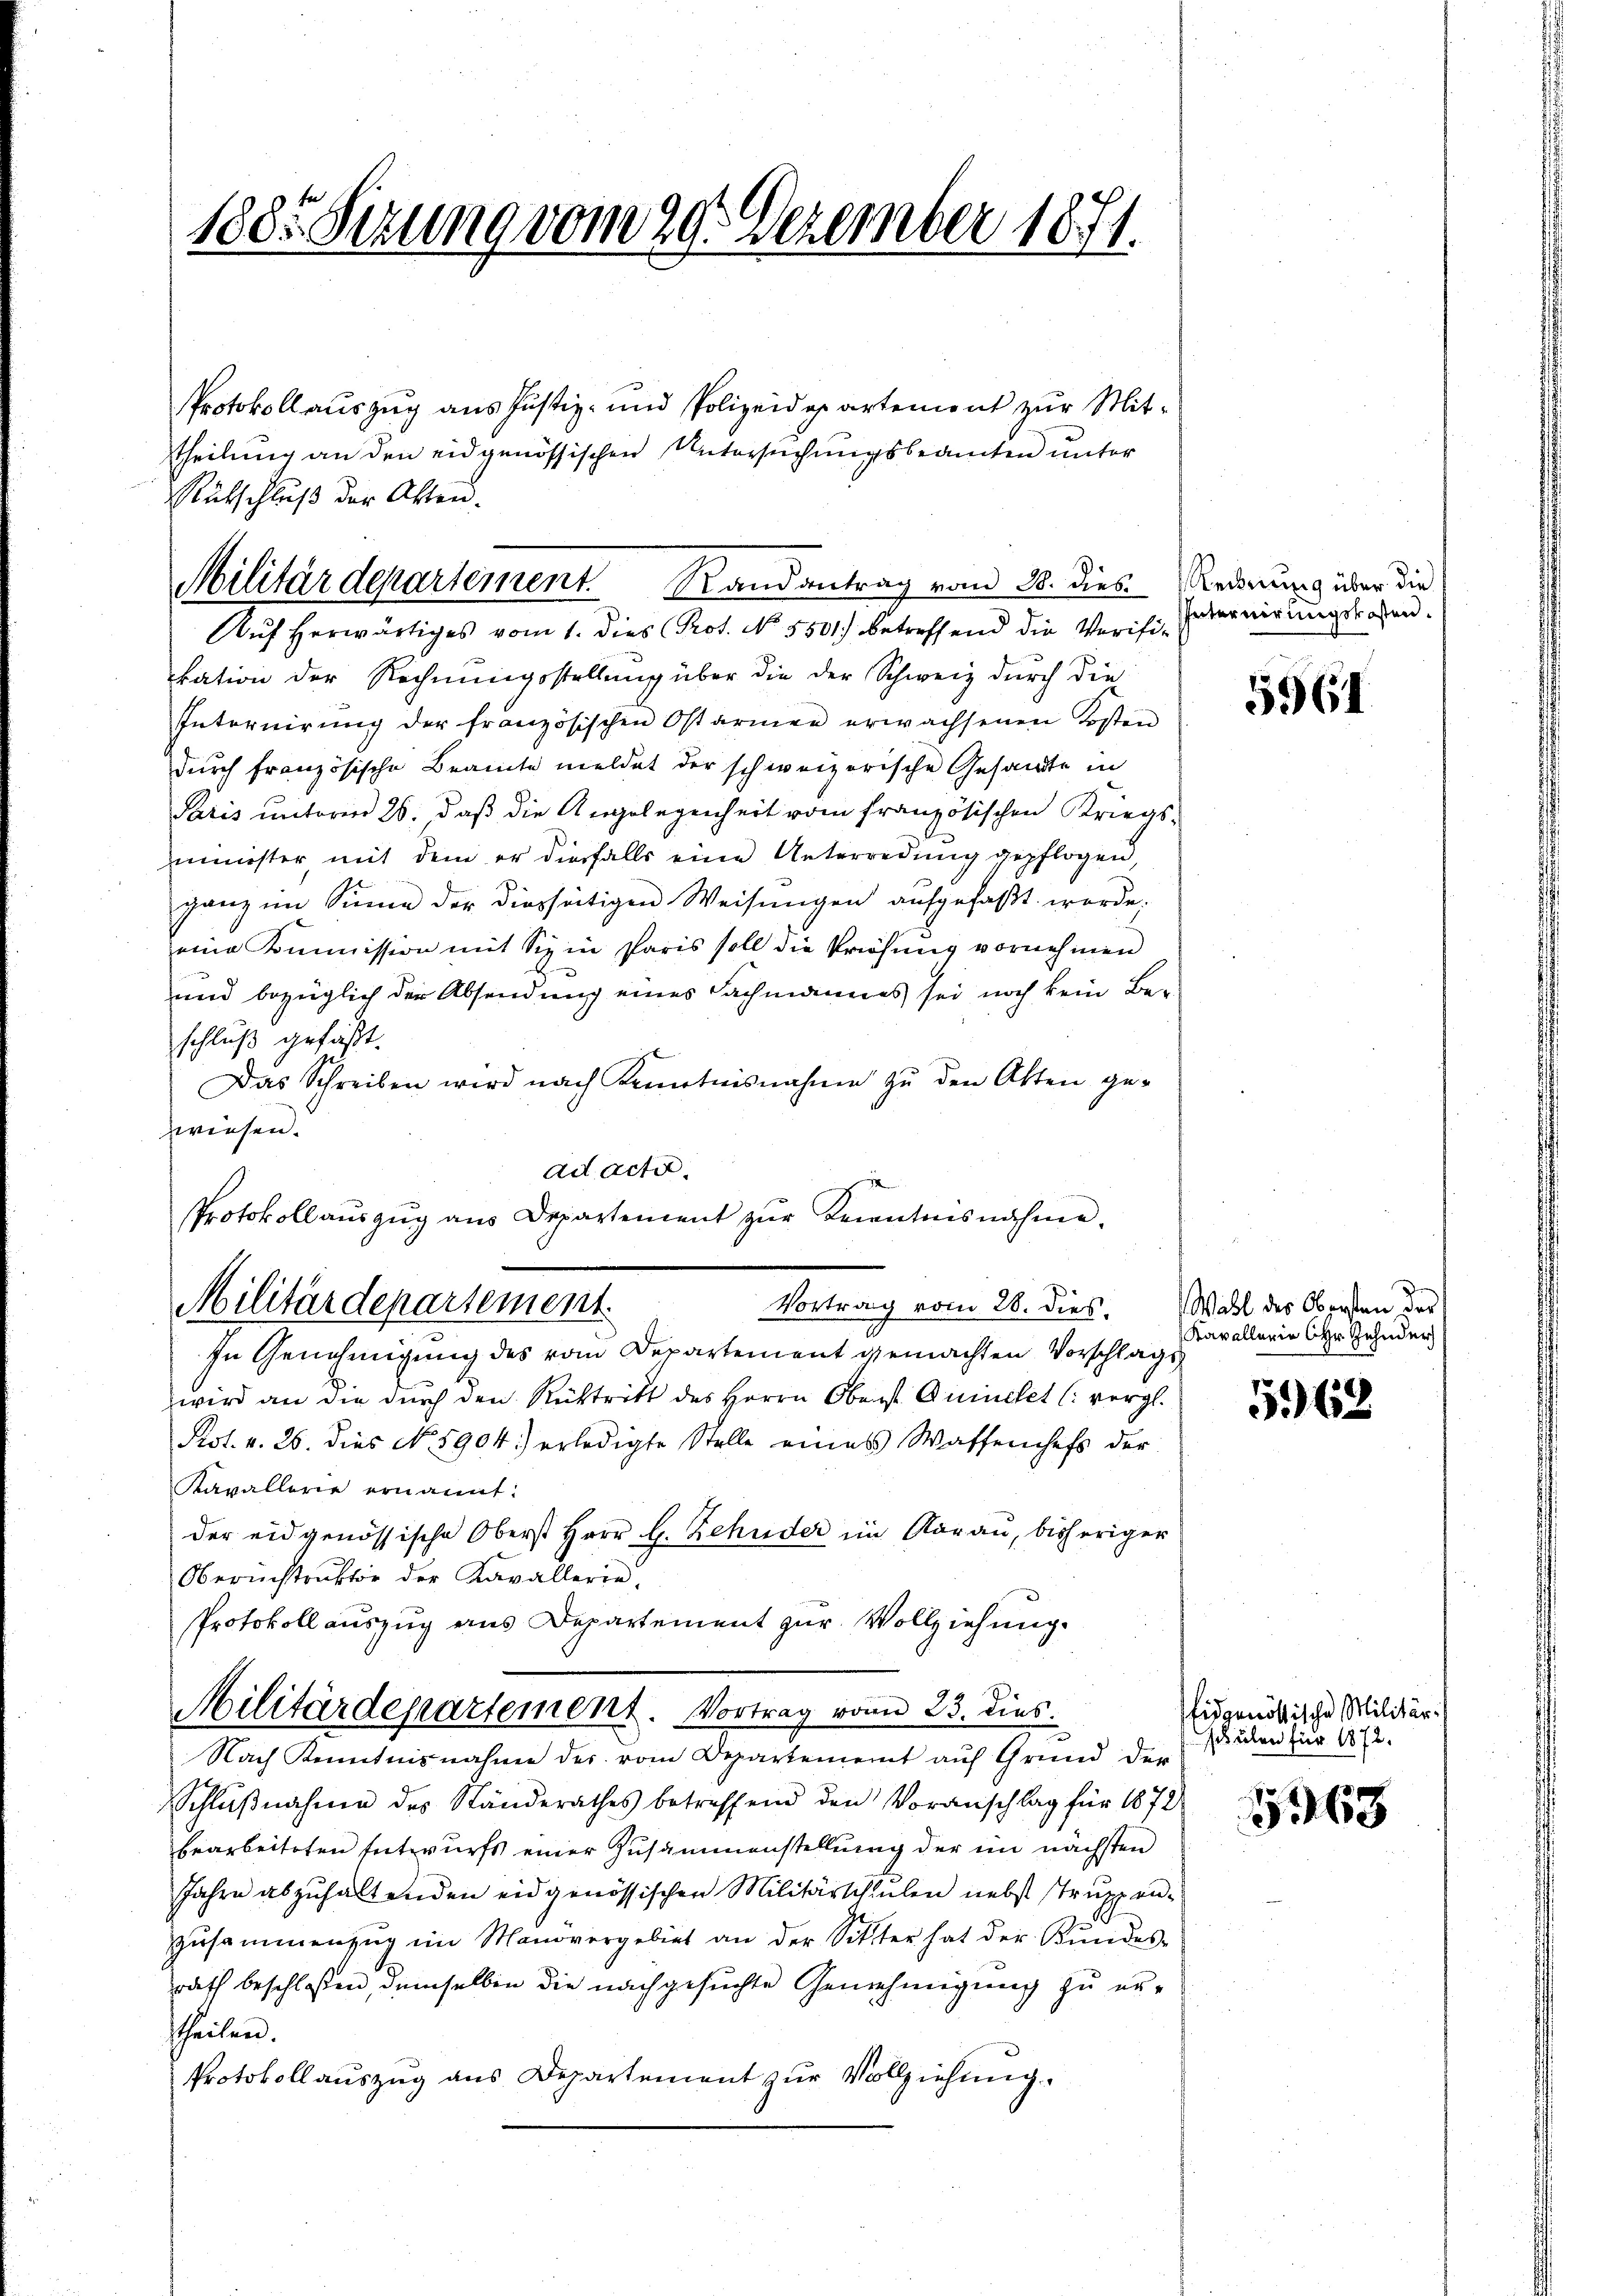
188. Sizung vom 29. Dezember 1871.

Protokollauszug aus Justiz- und Polizeidepartement zur Mit¬
Rutschluß der Akten.
kation der Rechnungsstellung über die der Schweiz durch die
Internirŭng der französischen Ostarmen erwachsenen Kosten
durch französische Beamte meldet der schweizerische Gesandte in
Paris unterm 26. daβ die Angelegenheit vom französischen Kriegs-
minister mit dem er diesfalls eine Unterredung gepflogen,
ganz im Sinne der diesseitigen Weisungen aufgefaßt werde.
eine Kommission mit Sie in Paris soll die Priehŭng vornehmen
und bezüglich der Absendung eines Fachmannes sei noch kein Beschluß gefaßt.
Das Schreiben wird nach Kenntnisnahme zŭ den Akten ge-
zweisen.
ad acti
Protokoll aŭszŭg ans Departement zŭr Kenntnisnahme.
Militärdepartement.
Vortrag vom 28. dies.
In Genehmigung des vom Departement gemachten Vorschlags
wird an die durch den Rücktritt des Herrn Oberst Quinchet (vergl.
Rot. v. 26. dies No. 1904.) erledigte Stelle eines Wassenchefs der
Kavallerie ernannt:
der eidgenössische Oberst Herr H. Zehnder im Aarau, bisheriger
Oberinstruktor der Kavallerie,
Protokollauszug aus Departement zur Vollziehung.
Militärdepartement. Vortrag von 23. dies
Nach Kenntnisnahme des vom Departement auf Grund der
Schlŭβnahme des Ständerathes betreffend den Voranschlag für 1872
bearbeiteten Entwurfs einer Zusammenstellung der im nächsten
Jahre abzuhaltenden eidgenössischen Militärschulen nebst struppenzusammenzug im Manövergebiet an der Sitter hat der Kundes-
rath beschlossen, demselben die nachgesuchte Genehmigung zu erttheilen.
Protokollauszug aus Departement zur Vollziehung.

Militärdepartement. Randantrag vom 28. dies Rederung über die
Auf herwärtiges vom 1. dies Prot. No. 5501.) betreffend die Verifi¬

theilung an den eidgenössischen Untersuchungsbeamten unter

Internirungskosten.

5961

Wahl des Obersten des
Kavallerie Hr. Zehnder

5962.

Eidgenössische Militär-
schulen für 1872.

5368